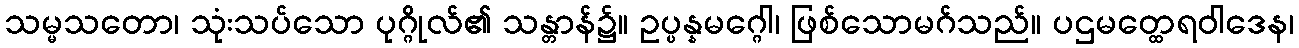
သမ္မသတော၊ သုံးသပ်သော ပုဂ္ဂိုလ်၏ သန္တာန်၌။ ဥပ္ပန္နမဂ္ဂေါ၊ ဖြစ်သောမဂ်သည်။ ပဌမတ္ထေရဝါဒေန၊